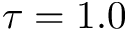
\tau = 1 . 0